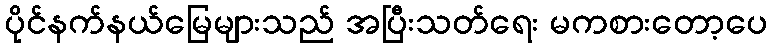
ပိုင်နက်နယ်မြေများသည် အပြီးသတ်ရေး မကစားတော့ပေ